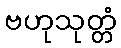
ဗဟုသုတ္တံ